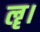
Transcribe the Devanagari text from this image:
ॡ।